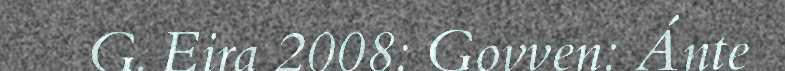
G. Eira 2008: Govven: Ánte